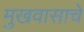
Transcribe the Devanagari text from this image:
मुखवासाचे